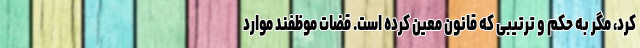
کرد، مگر به حکم و ترتیبی که قانون معین کرده است. قضات موظفند موارد